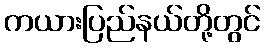
ကယားပြည်နယ်တို့တွင်